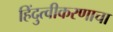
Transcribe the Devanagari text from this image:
हिंदुत्वीकरणाचा